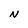
Character: N